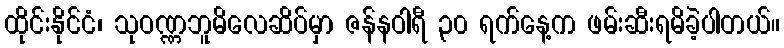
ထိုင်းနိုင်ငံ၊ သုဝဏ္ဏဘူမိလေဆိပ်မှာ ဇန်နဝါရီ ၃၀ ရက်နေ့က ဖမ်းဆီးရမိခဲ့ပါတယ်။